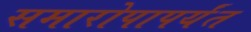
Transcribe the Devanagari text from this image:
समारोपापर्यंत